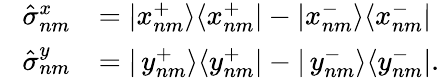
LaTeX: \begin{array}{rl}{\phantom{\frac{1}{2}}\hat{\sigma}_{nm}^{x}}&{=|x_{nm}^{+}\rangle\langle x_{nm}^{+}|-|x_{nm}^{-}\rangle\langle x_{nm}^{-}|}\\ {\phantom{\frac{1}{2}}\hat{\sigma}_{nm}^{y}}&{=|\, y_{nm}^{+}\rangle\langle y_{nm}^{+}|-|\, y_{nm}^{-}\rangle\langle y_{nm}^{-}|.}\end{array}